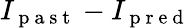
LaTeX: I_{\mathrm{~p~a~s~t~}}-I_{\mathrm{~p~r~e~d~}}